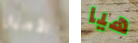
الأميال هيا